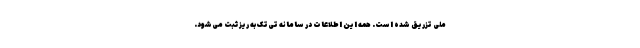
ملی تزریق شده است. همه این اطلاعات در سامانه تی‌تک به ریز ثبت می‌شود.